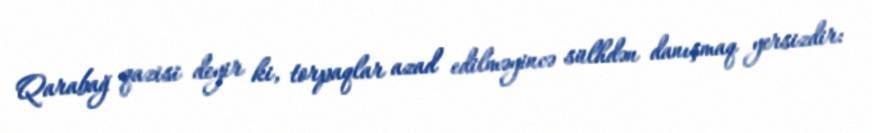
Qarabağ qazisi deyir ki, torpaqlar azad edilməyincə sülhdən danışmaq yersizdir: